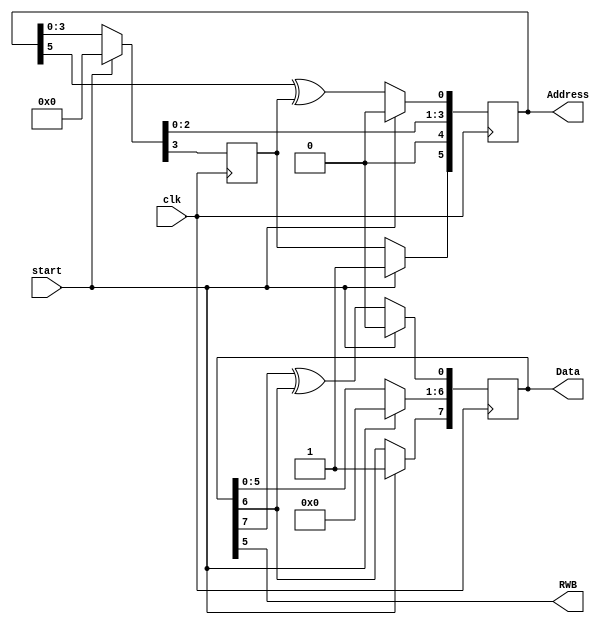
module Processor(
	clk,
	start,
	RWB,
	Address,
	Data
);


input clk;
input	start;
output RWB;
output reg[5:0] Address;
output reg[7:0] Data;
reg Addreg;
always@(posedge clk)
begin
	begin
	
	Data[0] <= start ? 1'b0 : Data[7]^ Data[6];
	Data[6:1] <= start ? 5'b0: Data[5:0];
	Data[7] <= start ? 1'b1 : Data[6];
	Address[0] <= start ? 1'b0 : Address[5]^ Addreg;
	{Addreg,Address[3:1]} <= start ? 4'b0: Address[3:0];
	Address[4]<=0;
	Address[5] <= start ? 1'b1 : Addreg;
	
	end
end


assign RWB = Data[5];


endmodule